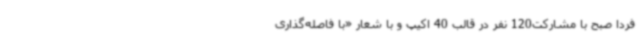
فردا صبح با مشارکت120 نفر در قالب 40 اکیپ و با شعار «با فاصله‌گذاری